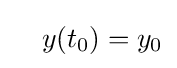
\quad y(t_{0})=y_{0}